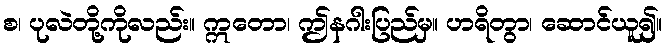
စ၊ ပုလဲတို့ကိုလည်း။ ဣတော၊ ဤနဂါးပြည်မှ။ ဟရိတွာ၊ ဆောင်ယူ၍။